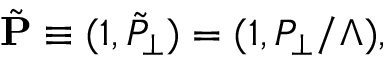
\tilde { \bf P } \equiv ( 1 , \tilde { P } _ { \perp } ) = ( 1 , P _ { \perp } / \Lambda ) ,